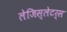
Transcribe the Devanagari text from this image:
लेजिस्लेटर्स